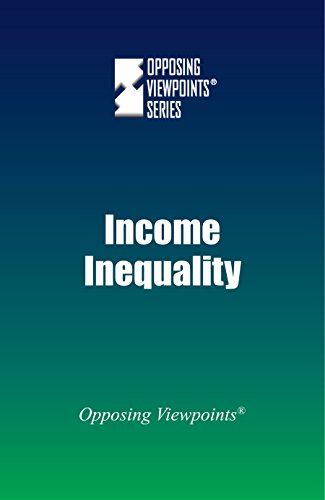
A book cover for Income Inequality (Opposing Viewpoints); Greenhaven Press; Teen & Young Adult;